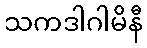
သကဒါဂါမိနီ